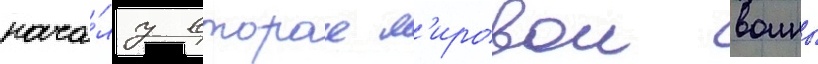
нача́лу второи м'ировои воины